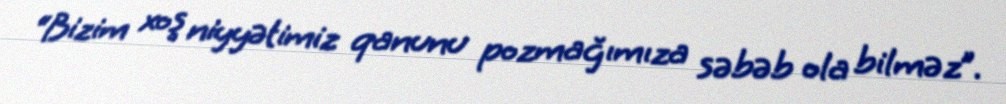
“Bizim xoş niyyətimiz qanunu pozmağımıza səbəb ola bilməz”.